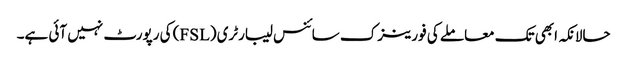
حالانکہ ابھی تک معاملے کی فورینزک سائنس لیبارٹری (FSL) کی رپورٹ نہیں آئی ہے۔